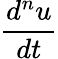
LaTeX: \frac{d^{n}u}{dt}